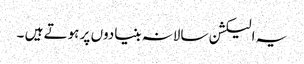
یہ الیکشن سالانہ بنیادوں پر ہوتے ہیں ۔